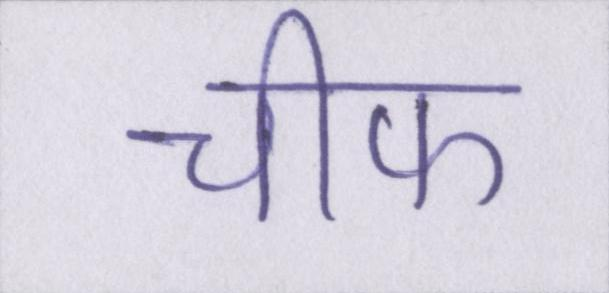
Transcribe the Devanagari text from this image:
चीफ